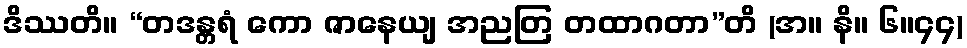
ဒိဿတိ။ “တဒန္တရံ ကော ဇာနေယျ အညတြ တထာဂတာ”တိ (အ။ နိ။ ၆။၄၄)